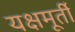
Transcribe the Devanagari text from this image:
यक्षमूर्ती